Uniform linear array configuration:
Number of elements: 64
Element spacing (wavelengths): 1
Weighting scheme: cosine
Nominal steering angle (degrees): -45
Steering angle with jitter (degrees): -45.384
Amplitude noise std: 0.05
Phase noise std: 0.05

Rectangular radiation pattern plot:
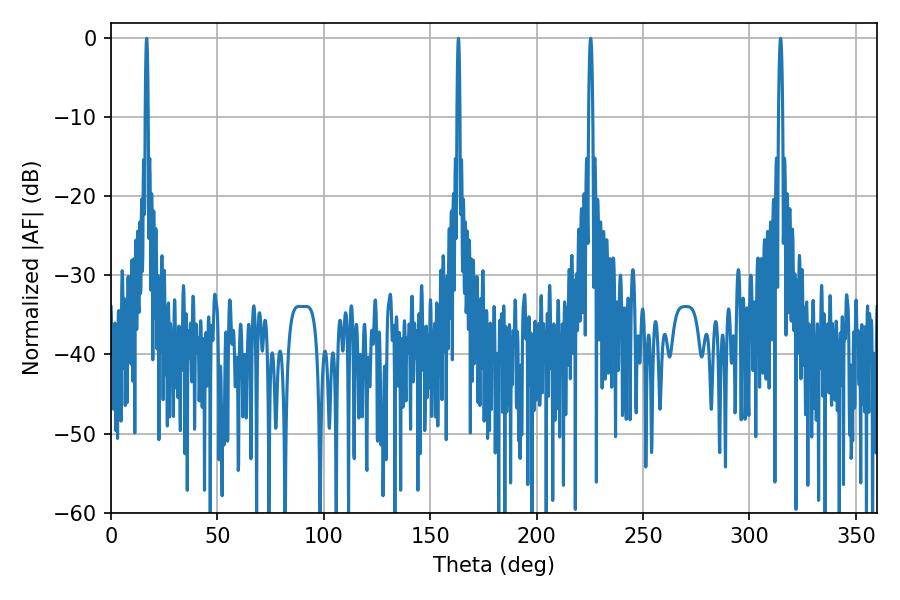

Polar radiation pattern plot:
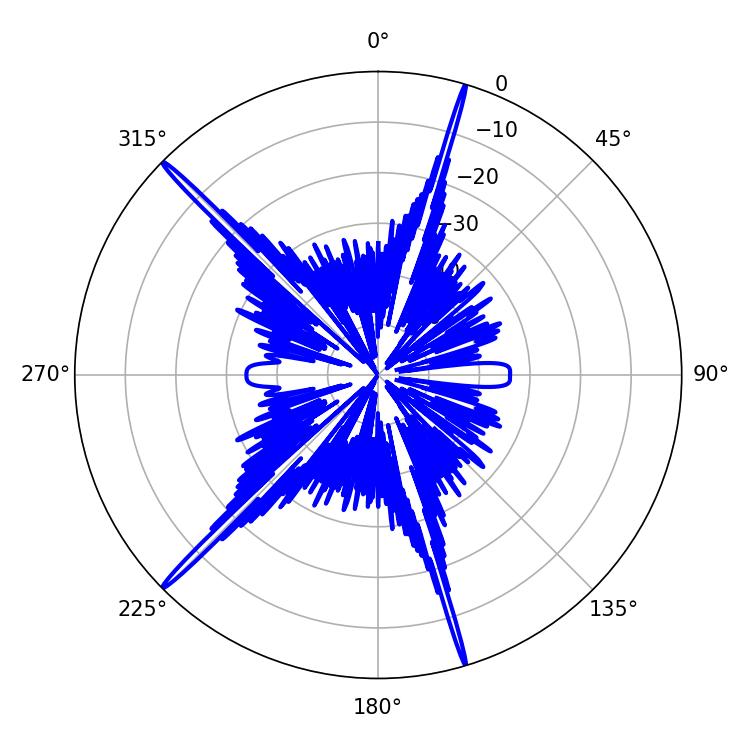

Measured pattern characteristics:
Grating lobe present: TRUE
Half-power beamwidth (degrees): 0.72
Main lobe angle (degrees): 163.26